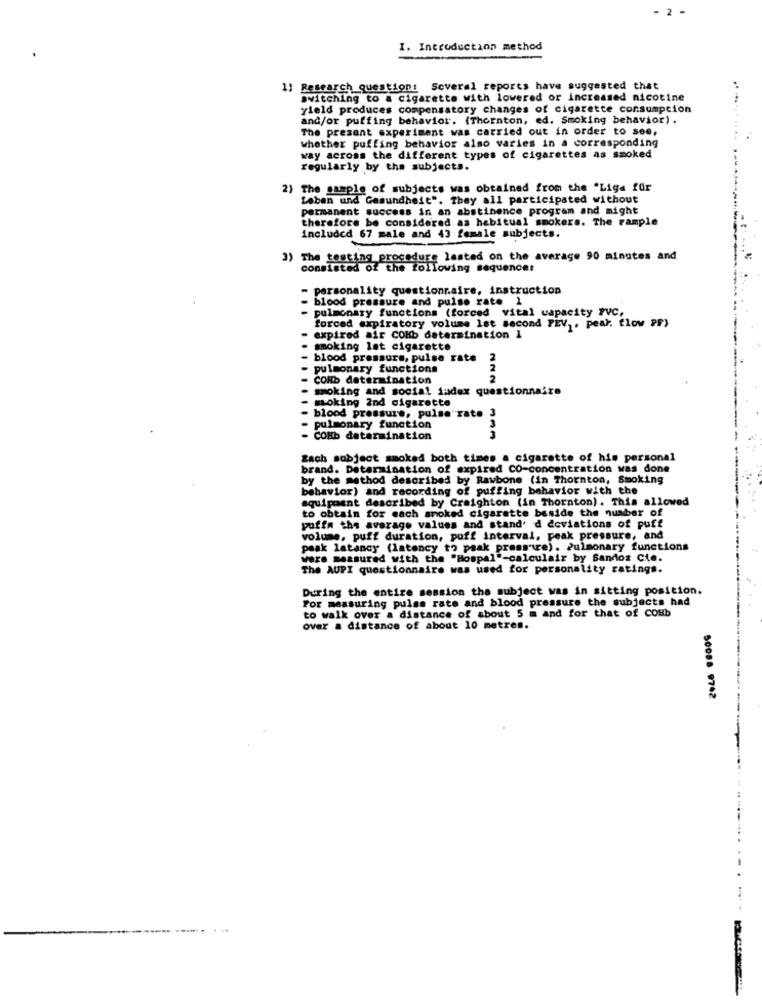
I. Introduction method
1: Research question: Several reports have suggested that
switching to a cigarette with lowered or increased nicotine
.. ...
yield produces compensatory changes of cigarette consumption
and/or puffing behavior. (Thornton, ed. Smoking behavior).
The present experiment was carried out in order to see,
whether puffing behavior also varies in a corresponding
way across the different types of cigarettes as smoked
regularly by the subjects.
2) The sample of subjects was obtained from the "Liga für
Leben und Gesundheit". They all participated without
permanent success in an abstinence program and might
therefore be considered as habitual smokers. The rample
Included 67 male and 43 female subjects.
3) The testing procedure lasted on the average 90 minutes and
consisted of the following sequence:
personality questionnaire, instruction
blood pressure and pulse rate 1
pulmonary functions (forced vital capacity PVC,
forced expiratory volume let second PEV ,, pear. flow PF)
expired air COHb determination 1
smoking lat cigarette
- blood pressure, pulse rate
2
pulmonary functions
COHb determination
smoking and social index questionnaire
moking 2nd cigarette
blood pressure, pulse rate 3
- pulmonary function
- COHb determination
Zach subject smoked both times a cigarette of his personal
brand. Determination of expired CO-concentration was done
by the method described by Rawbone (in Thornton, Smoking
behavior) and recording of puffing behavior with the
equipment described by Creighton (in Thornton). This allowed
to obtain for each smoked cigarette beside the number of
puffa the average values and stand' d deviations of puff
volume, puff duration, puff interval, peak pressure, and
peak latancy (latency to peak pressure). Pulmonary functions
were measured with the "Hospal"-calculair by Sandoz Cie.
The AUPI questionnaire was used for personality ratings.
During the entire session the subject was in sitting position.
For measuring pulse rate and blood pressure the subjects had
to walk over a distance of about 5 m and for that of CoHb
over a distance of about 10 metres.
50088 9742